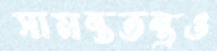
সামন্ততন্ত্রও